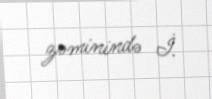
zəminində İ.